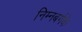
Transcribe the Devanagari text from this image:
निम्नबर्गके